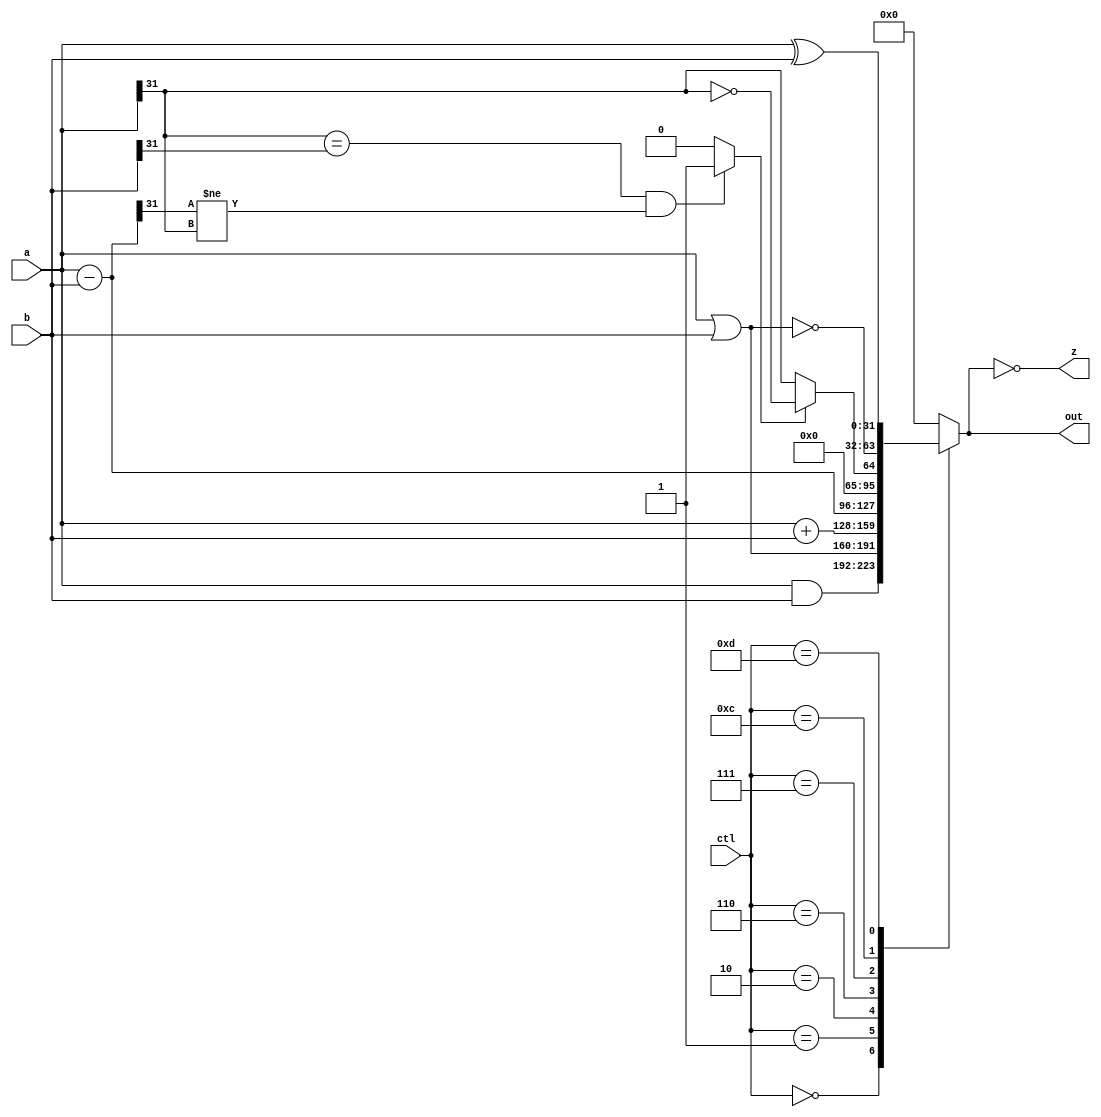
module alu(out, z, ctl, a, b);
		output reg	[31:0]	out;
		output		z;
		input		[3:0]	ctl;
		input		[31:0]	a, b;
		

	wire [31:0] sub_ab;
	wire [31:0] add_ab;
	wire 		oflow_add;
	wire 		oflow_sub;
	wire 		oflow;
	wire 		slt;

	assign z = (0 == out);

	assign sub_ab = a - b;
	assign add_ab = a + b;

	// overflow occurs (with 2's complement numbers) when
	// the operands have the same sign, but the sign of the result is
	// different.  The actual sign is the opposite of the result.
	// It is also dependent on wheter addition or subtraction is performed.
	assign oflow_add = (a[31] == b[31] && add_ab[31] != a[31]) ? 1 : 0;
	assign oflow_sub = (a[31] == b[31] && sub_ab[31] != a[31]) ? 1 : 0;

	assign oflow = (ctl == 4'b0010) ? oflow_add : oflow_sub;

	// set if less than, 2s compliment 32-bit numbers
	assign slt = oflow_sub ? ~(a[31]) : a[31];

	always @(clt, a, b) begin
		case (ctl)
			4'b0000: out <= a & b;				// and
			4'b0001: out <= a | b;				// or
			4'b0010: out <= add_ab;				// a + b
			4'b0110: out <= sub_ab;				// a - b
			4'b0111: out <= {{31{1'b0}}, slt};	// set if less than
			4'b1100: out <= ~(a | b);			// nor			
			4'b1101: out <= a ^ b;				// xor
			default: out <= 0;
		endcase
	end

endmodule